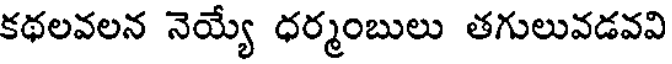
కథలవలన నెయ్యే ధర్మంబులు తగులువడవవి